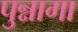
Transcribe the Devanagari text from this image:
पुन्नागा